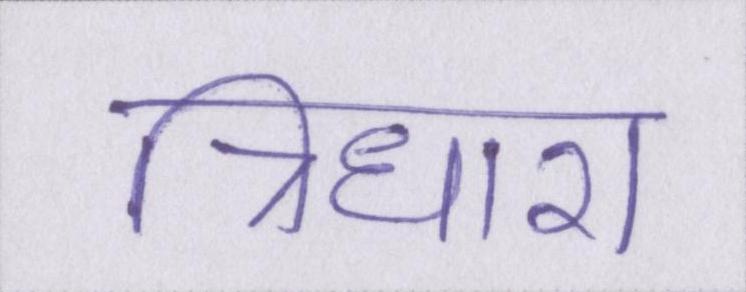
त्रिधारा